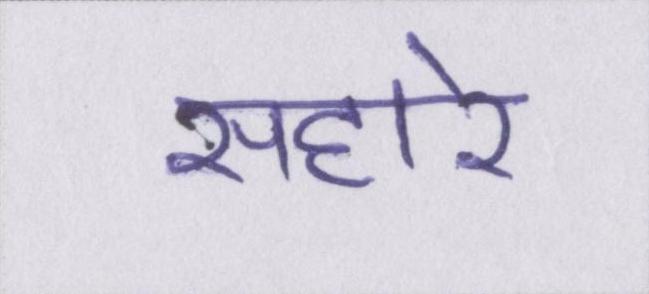
सहारे